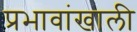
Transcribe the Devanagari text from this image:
प्रभावांखाली